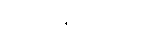
အတ္တာနုက္ကံသေတိ